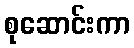
စုဆောင်းကာ